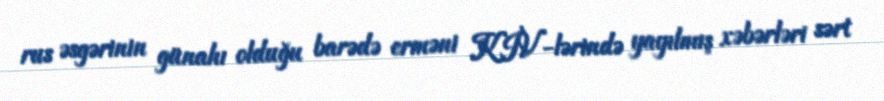
rus əsgərinin günahı olduğu barədə erməni KİV-lərində yayılmış xəbərləri sərt